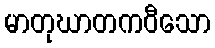
မာတုဃာတကဝီသော